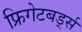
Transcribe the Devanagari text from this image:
फ्रिगेटबर्ड्स